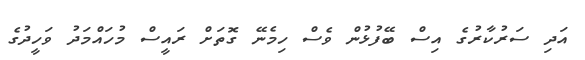
އަދި ސަރުކާރުގެ އިސް ބޭފުޅުން ވެސް ހިމެނޭ ގޮތަށް ރައީސް މުހައްމަދު ވަހީދުގެ